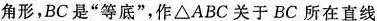
角形，BC是”等底”，作△ABC关于BC所在直线